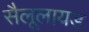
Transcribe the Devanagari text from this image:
सैलूलायड